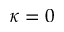
\kappa = 0